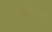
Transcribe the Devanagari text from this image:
शॉमबर्ग